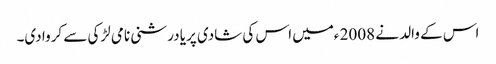
اس کے والد نے 2008 ءمیں اس کی شادی پریا درشنی نامی لڑکی سے کروا دی۔